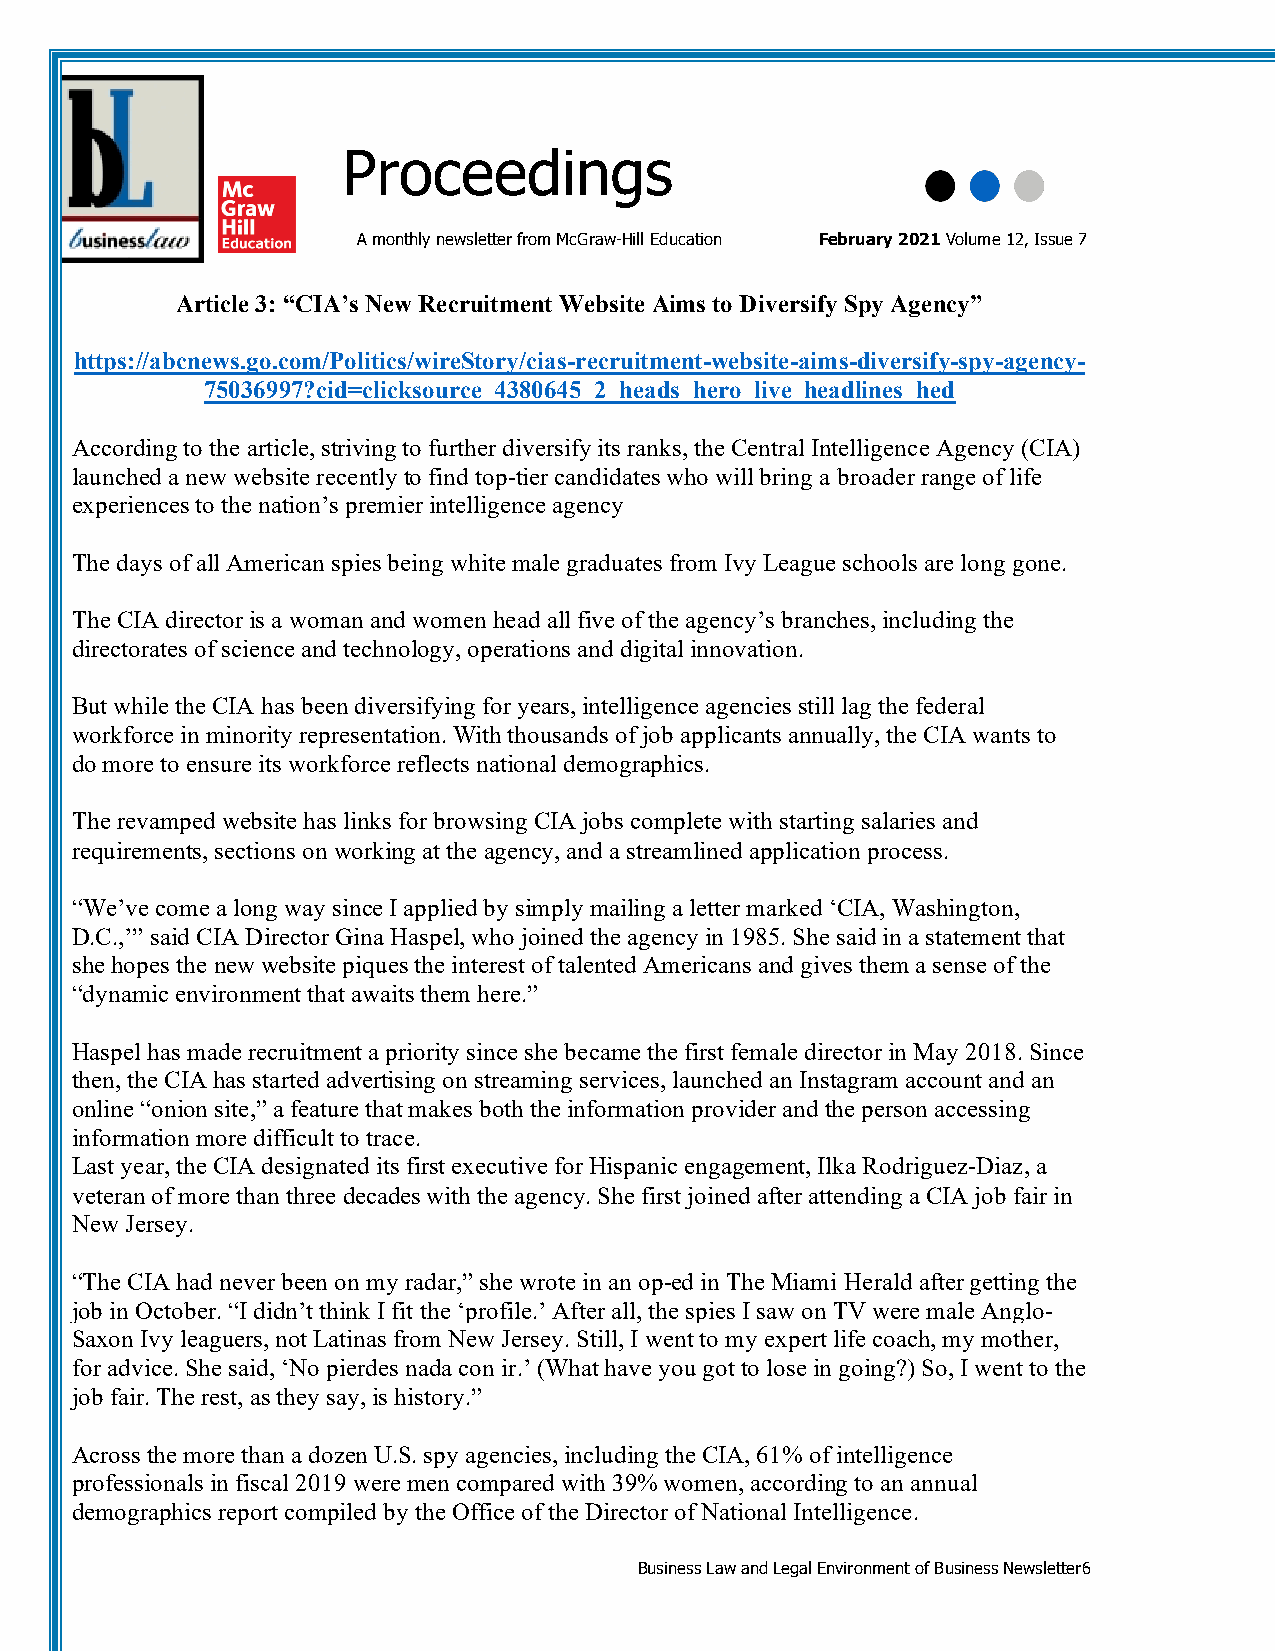
Proceedings
 A monthly newsletter from McGraw-Hill Education February 2021 Volume 12, Issue 7
 Article 3: “CIA’s New Recruitment Website Aims to Diversify Spy Agency”
 https://abcnews.go.com/Politics/wireStory/cias-recruitment-website-aims-diversify-spy-agency-
 75036997?cid=clicksource_4380645_2_heads_hero_live_headlines_hed
 According to the article, striving to further diversify its ranks, the Central Intelligence Agency (CIA)
 launched a new website recently to find top-tier candidates who will bring a broader range of life
 experiences to the nation’s premier intelligence agency
 The days of all American spies being white male graduates from Ivy League schools are long gone.
 The CIA director is a woman and women head all five of the agency’s branches, including the
 directorates of science and technology, operations and digital innovation.
 But while the CIA has been diversifying for years, intelligence agencies still lag the federal
 workforce in minority representation. With thousands of job applicants annually, the CIA wants to
 do more to ensure its workforce reflects national demographics.
 The revamped website has links for browsing CIA jobs complete with starting salaries and
 requirements, sections on working at the agency, and a streamlined application process.
 “We’ve come a long way since I applied by simply mailing a letter marked ‘CIA, Washington,
 D.C.,’” said CIA Director Gina Haspel, who joined the agency in 1985. She said in a statement that
 she hopes the new website piques the interest of talented Americans and gives them a sense of the
 “dynamic environment that awaits them here.”
 Haspel has made recruitment a priority since she became the first female director in May 2018. Since
 then, the CIA has started advertising on streaming services, launched an Instagram account and an
 online “onion site,” a feature that makes both the information provider and the person accessing
 information more difficult to trace.
 Last year, the CIA designated its first executive for Hispanic engagement, Ilka Rodriguez-Diaz, a
 veteran of more than three decades with the agency. She first joined after attending a CIA job fair in
 New Jersey.
 “The CIA had never been on my radar,” she wrote in an op-ed in The Miami Herald after getting the
 job in October. “I didn’t think I fit the ‘profile.’ After all, the spies I saw on TV were male Anglo-
 Saxon Ivy leaguers, not Latinas from New Jersey. Still, I went to my expert life coach, my mother,
 for advice. She said, ‘No pierdes nada con ir.’ (What have you got to lose in going?) So, I went to the
 job fair. The rest, as they say, is history.”
 Across the more than a dozen U.S. spy agencies, including the CIA, 61% of intelligence
 professionals in fiscal 2019 were men compared with 39% women, according to an annual
 demographics report compiled by the Office of the Director of National Intelligence.
 Business Law and Legal Environment of Business Newsletter6